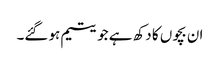
ان بچوں کا دکھ ہے جو یتیم ہو گئے۔